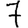
Digit: 7